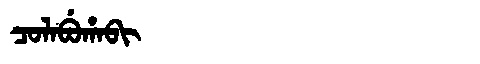
Manchu: ᠴᠣᠯᠠᠪᡠᡥᠠᠪᡳ
Romanization: COLABUHABI